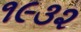
૧૯૩૨